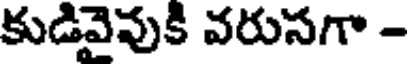
కుడివైవుకి వరుసగా -